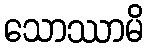
သောဿာမိ